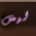
ليس